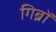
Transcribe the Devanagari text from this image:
गिब्रों